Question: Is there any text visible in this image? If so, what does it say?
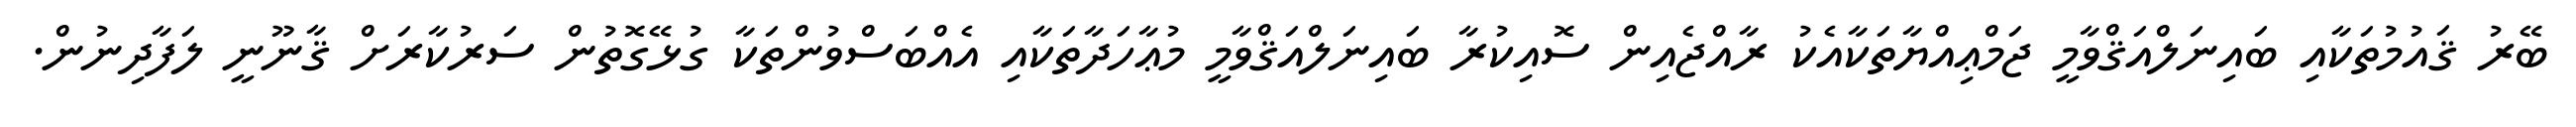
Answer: ބޭރު ޤައުމުތަކާއި ބައިނަލްއަޤްވާމީ ޖަމްޢިއްޔާތަކާއެކު ރާއްޖެއިން ސޮއިކުރާ ބައިނަލްއަޤްވާމީ މުޢާހަދާތަކާއި އެއްބަސްވުންތަކާ ގުޅޭގޮތުން ސަރުކާރަށް ޤާނޫނީ ލަފާދިނުން.